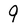
Character: 9